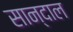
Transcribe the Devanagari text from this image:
सान्दाल